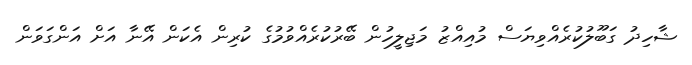
ޝާހިދު ގަބޫލުކުރެއްވިޔަސް މުއިއްޒު މަޖިލީހުން ބޭރުކުރެއްވުމުގެ ކުރިން އެކަން އޭނާ އަށް އަންގަވަން